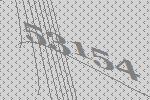
53154